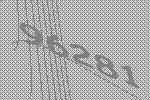
96281